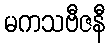
မကသဗီဇနီ